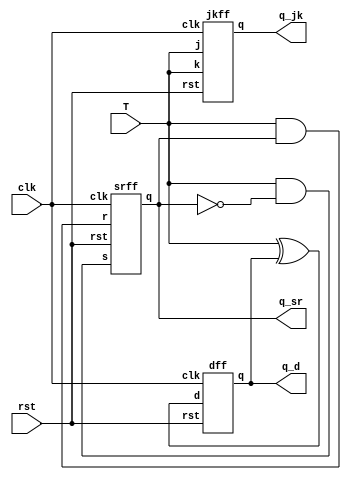
// t-FF using Jk, SR,D

module T_using_JK_D_SR(
input T,clk,rst,
output q_jk,q_d,q_sr
);
wire w1,w2,w3;
jkff jkff1(.j(T),.k(T),.clk(clk),.rst(rst),.q(q_jk));
assign w1 = (T & (~q_sr));
assign w2 = (T & (q_sr));
srff srff1 (w1,w2,clk,rst,q_sr);
assign w3 = T ^ q_d;
dff dff1(w3,clk,rst,q_d);
endmodule

//JK Flip Flop
module jkff(
input j,k,clk,rst,
output reg q
);

always @(posedge clk or posedge rst)
begin
	if (rst)
		q <= 0;
	else if (j==0 && k ==0)
	begin
		q <= q;
	
	end
	else if (j==0 && k ==1)
	begin
		q <= 0;
	end
	else if (j==1 && k==0)
	begin
	q <= 1;
	
	end
	else if (j==1 && k==1)
	begin
	q <= ~q;
	
	end
end
endmodule

//SR Flip Flop
module srff (
input s,r,clk,rst,
output reg q
);
always @(posedge clk or posedge rst)
 begin
	if (rst)
		q <=0;
		
	else if (s==0 && r==0)
	begin
		q <= q;
		
	end
	
	else if (s==0 && r==1)
	begin
		q <= 1'b0;
		
	end
	
	else if (s==1 && r==0)
	begin
		q <= 1'b1;
		
	end
	else if (s==1 && r==1)
	begin
		q <= 1'bx;
		
	end
	end
endmodule

// D-flipflop
module dff(
input d,clk,rst,
output reg q);

always @(posedge clk or posedge rst)
begin
if (rst)
	q <= 1'b0;
else
	begin
	q <= d;
	
	end
end
endmodule